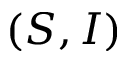
( S , I )